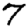
Digit: 7